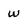
Character: w